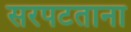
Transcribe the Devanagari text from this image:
सरपटताना